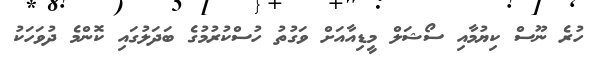
ހުރެ ނޫސް ކިޔުމާއި ސޯޝަލް މީޑިއާއަށް ވަގުތު ހުސްކުރުމުގެ ބަދަލުގައި ކޮންމެ ދުވަހަކު